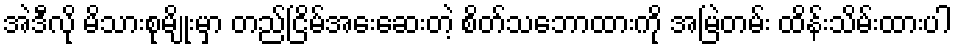
အဲဒီလို မိသားစုမျိုးမှာ တည်ငြိမ်အေးဆေးတဲ့ စိတ်သဘောထားကို အမြဲတမ်း ထိန်းသိမ်းထားပါ